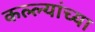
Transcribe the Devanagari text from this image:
कल्ल्यांच्या